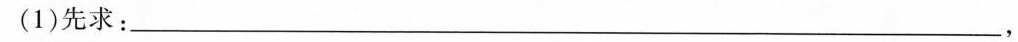
(1)先求：___，